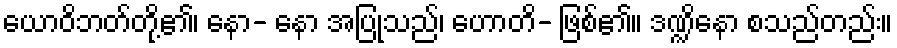
ယောဝိဘတ်တို့၏၊ နော- နော အပြုသည်၊ ဟောတိ- ဖြစ်၏။ ဒဏ္ဍိနော စသည်တည်း။